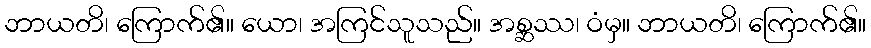
ဘာယတိ၊ ကြောက်၏။ ယော၊ အကြင်သူသည်။ အစ္ဆဿ၊ ဝံမှ။ ဘာယတိ၊ ကြောက်၏။